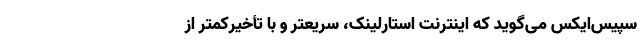
سپیس‌ایکس می‌گوید که اینترنت استارلینک، سریعتر و با تأخیرکمتر از